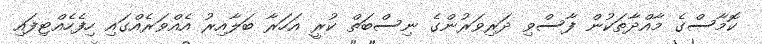
ކޮމާސްގެ މާއްދާތަކުން ފާސްވި ދަރިވަރުންގެ ނިސްބަތް ކުރީ އަހަރާ ބަލާއިރު އެއްވަރެއްގައި ހިފެހެއްޓިފައި